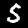
Digit: 5